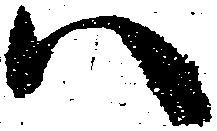
ハ